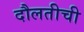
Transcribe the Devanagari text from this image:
दौलतीची